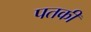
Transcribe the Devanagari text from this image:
पतकी